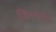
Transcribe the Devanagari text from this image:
लियनकोर्ट